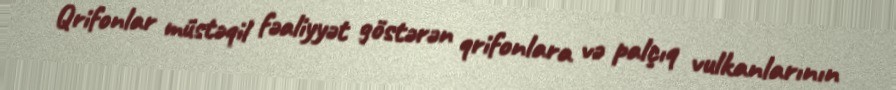
Qrifonlar müstəqil fəaliyyət göstərən qrifonlara və palçıq vulkanlarının